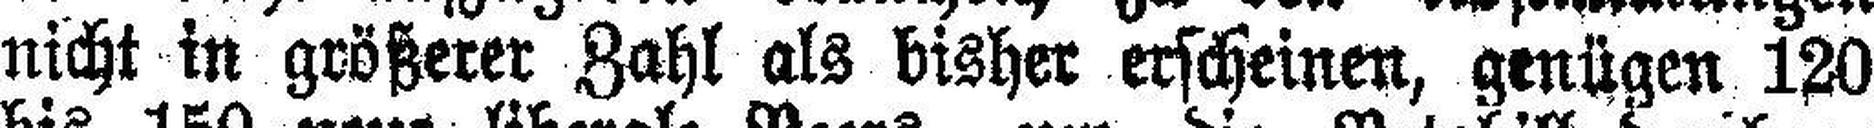
nicht in größerer Zahl als bisher erscheinen, genügen 120